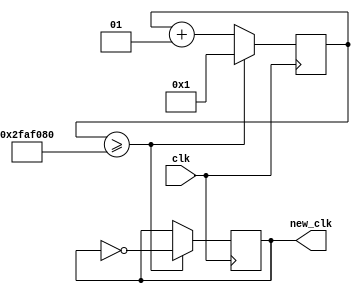
`timescale 10ns/1ns

module watchmaker(new_clk, clk);

output reg new_clk = 0;
input clk;

parameter RATIO = 100_000_000,  // V10 = 10MHz
          HALF_RATIO = RATIO / 2;

integer counter = 1;

always @(posedge clk) begin
    if (counter >= HALF_RATIO) begin
        counter <= 1;
        new_clk <= ~new_clk;
    end else begin
        counter <= counter + 1;
    end
end

endmodule